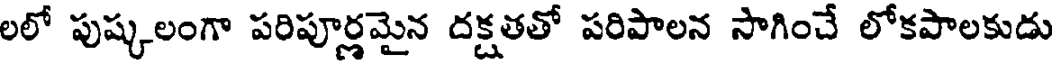
లలో పుష్కలంగా పరిపూర్ణమైన దక్షతతో పరిపాలన సాగించే లోకపాలకుడు